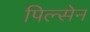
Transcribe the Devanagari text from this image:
पिल्सेन